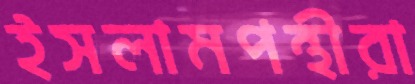
ইসলামপন্থীরা